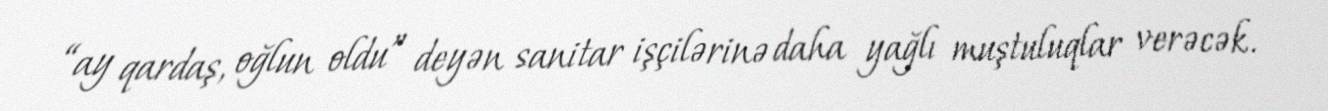
“ay qardaş, oğlun oldu” deyən sanitar işçilərinə daha yağlı muştuluqlar verəcək.